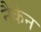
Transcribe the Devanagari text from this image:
नैकेन